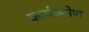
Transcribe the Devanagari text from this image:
कार्यरूपेण